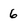
Character: G